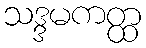
သဒ္ဒမကတ္ထ